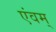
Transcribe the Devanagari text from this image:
एंवम्